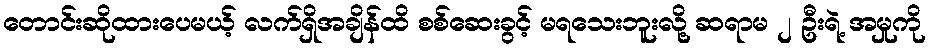
တောင်းဆိုထားပေမယ့် လက်ရှိအချိန်ထိ စစ်ဆေးခွင့် မရသေးဘူးလို့ ဆရာမ ၂ ဦးရဲ့ အမှုကို